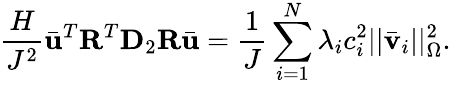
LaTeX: \frac{H}{J^{2}}\bar{\mathbf{u}}^{T}\mathbf{R}^{T}\mathbf{D}_{2}\mathbf{R}\bar{\mathbf{u}}=\frac{1}{J}\sum_{i=1}^{N}\lambda_{i}c_{i}^{2}||\bar{\mathbf{v}}_{i}||_{\Omega}^{2}.